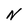
Character: N